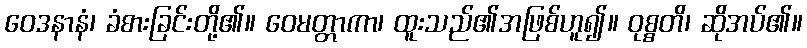
ဝေဒနာနံ၊ ခံစားခြင်းတို့၏။ ဝေမတ္တာကာ၊ ထူးသည်၏အဖြစ်ဟူ၍။ ဝုစ္စတိ၊ ဆိုအပ်၏။